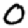
Digit: 0